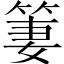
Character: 𱸀